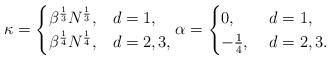
LaTeX: \begin{align*} \kappa = \begin{cases} \beta^{\frac{1}{3}} N^{\frac{1}{3}}, & d=1, \\ \beta^{\frac{1}{4}} N^{\frac{1}{4}}, & d=2,3,\\ \end{cases} \alpha = \begin{cases} 0, & \ d=1, \\ - \frac{1}{4}, &\ d=2,3. \end{cases} \end{align*}